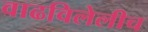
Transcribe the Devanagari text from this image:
वाढविलेलीच